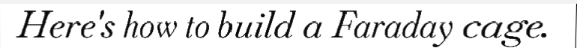
Here's how to build a Faraday cage.